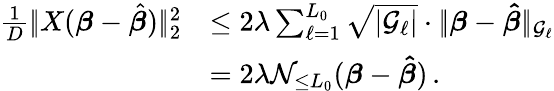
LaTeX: \begin{array}{rl}{\frac 1D|\! |X(\boldsymbol{\beta}-\hat{\boldsymbol{\beta}})|\! |_{2}^{2}}&{\leq 2\lambda\sum_{\ell=1}^{L_{0}}\sqrt{|{\mathcal G}_{\ell}|}\cdot|\! |\boldsymbol{\beta}-\boldsymbol{\hat{\beta}}|\! |_{{\mathcal G}_{\ell}}}\\ &{=2\lambda{\mathcal N}_{\leq L_{0}}(\boldsymbol{\beta}-\boldsymbol{\hat{\beta}})\, .}\end{array}